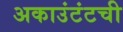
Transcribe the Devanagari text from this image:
अकाउंटंटची